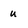
Character: u